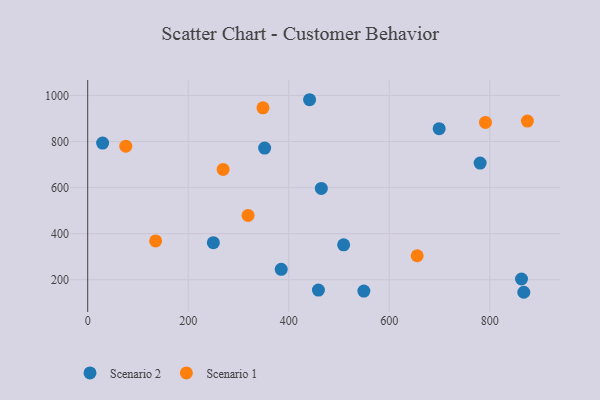
{"axis": {"x": "Investment", "y": "Yield"}, "legend": ["Scenario 1", "Scenario 2"], "data": [{"x": "441.5", "y": 981.8, "type": "Scenario 2"}, {"x": "549.5", "y": 150.5, "type": "Scenario 2"}, {"x": "385.1", "y": 245.2, "type": "Scenario 2"}, {"x": "459.1", "y": 154.8, "type": "Scenario 2"}, {"x": "867.8", "y": 145.4, "type": "Scenario 2"}, {"x": "699.4", "y": 855.9, "type": "Scenario 2"}, {"x": "509.3", "y": 351.3, "type": "Scenario 2"}, {"x": "29.7", "y": 793.4, "type": "Scenario 2"}, {"x": "352.1", "y": 771.9, "type": "Scenario 2"}, {"x": "250.0", "y": 361.0, "type": "Scenario 2"}, {"x": "780.9", "y": 706.8, "type": "Scenario 2"}, {"x": "464.9", "y": 596.7, "type": "Scenario 2"}, {"x": "863.2", "y": 203.0, "type": "Scenario 2"}, {"x": "135.2", "y": 368.4, "type": "Scenario 1"}, {"x": "269.5", "y": 679.2, "type": "Scenario 1"}, {"x": "791.5", "y": 883.4, "type": "Scenario 1"}, {"x": "348.8", "y": 946.8, "type": "Scenario 1"}, {"x": "75.8", "y": 780.0, "type": "Scenario 1"}, {"x": "655.6", "y": 304.0, "type": "Scenario 1"}, {"x": "874.9", "y": 889.1, "type": "Scenario 1"}, {"x": "319.1", "y": 479.4, "type": "Scenario 1"}]}